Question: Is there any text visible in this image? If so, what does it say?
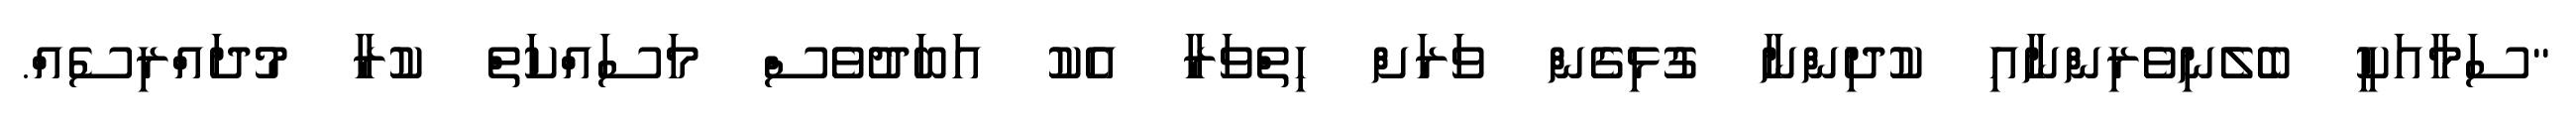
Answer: "ސަމާއަކީ ބެލެނިވެރިންނާއި ކުދިންނާ ގުޅިގެން ވަރަށް ހިތްވަރާ އެކު އަބަދުވެސް މަސައްކަތް ކުރާ މުދައްރިސެއް.